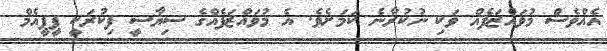
އެއްވެސް މުވައްޒަފެއް ވަކި ނުކުރާނެ ކަމަށެވެ. އެ މުވައްޒަފެއްގެ ސިޔާސީ ފިކުރަކީ ޕީޕީއެމް